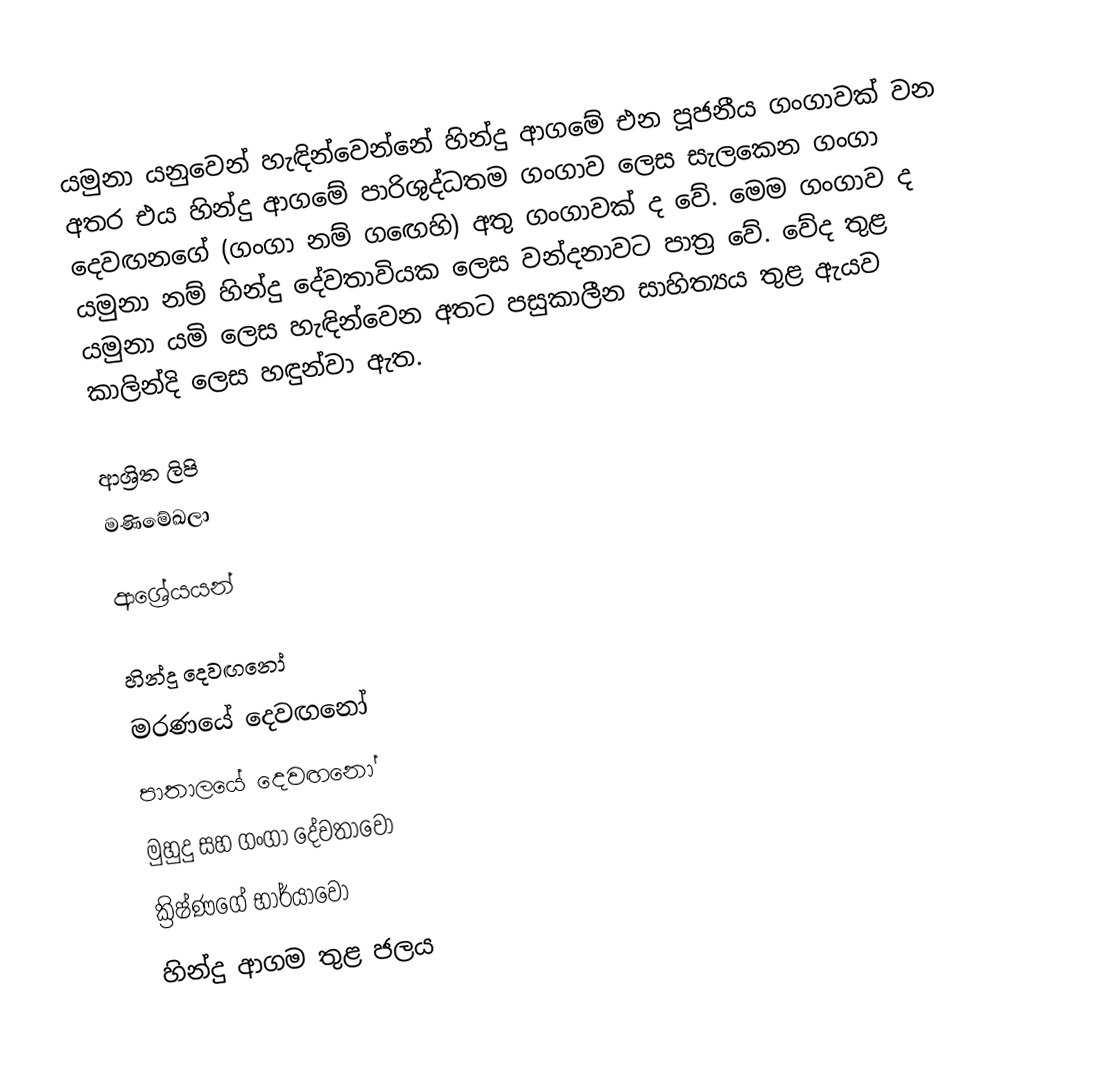
යමුනා යනුවෙන් හැඳින්වෙන්නේ හින්දු ආගමේ එන පූජනීය ගංගාවක් වන අතර එය හින්දු ආගමේ පාරිශුද්ධතම ගංගාව ලෙස සැලකෙන ගංගා දෙවඟනගේ (ගංගා නම් ගඟෙහි) අතු ගංගාවක් ද වේ. මෙම ගංගාව ද යමුනා නම් හින්දු දේවතාවියක ලෙස වන්දනාවට පාත්‍ර වේ. වේද තුළ යමුනා යමි ලෙස හැඳින්වෙන අතට පසුකාලීන සාහිත්‍යය තුළ ඇයව කාලින්දි ලෙස හඳුන්වා ඇත.

ආශ්‍රිත ලිපි
 මණිමේඛලා

ආශ්‍රේයයන්

හින්දු දෙවඟනෝ
මරණයේ දෙවඟනෝ
පාතාලයේ දෙවඟනෝ
මුහුදු සහ ගංගා දේවතාවෝ
ක්‍රිෂ්ණගේ භාර්යාවෝ
හින්දු ආගම තුළ ජලය